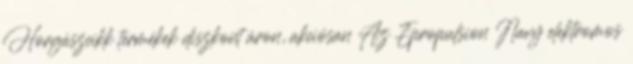
Horgászcikk termékek diszkont áron, akciósan Az Epropulsion Navy elektromos